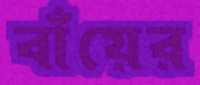
বাঁয়ের